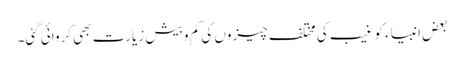
بعض انبیاء کو غیب کی مختلف چیزوں کی کم و بیش زیارت بھی کروائی گئی۔